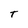
Character: T